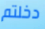
دخلتم